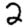
Digit: 2